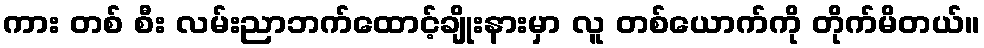
ကား တစ် စီး လမ်းညာဘက်ထောင့်ချိုးနားမှာ လူ တစ်ယောက်ကို တိုက်မိတယ်။